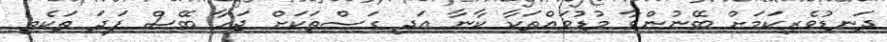
ދަނޑުވެރިކަމަށް ބޭނުންވާ މުޑުވައްތަކާ ކާނާ އަދި ގަސްތަކަށް ޖަހާ ބޭސް ފަދަ ތަކެތި